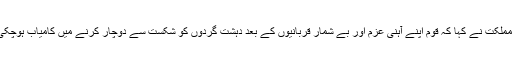
صدر مملکت نے کہا کہ قوم اپنے آہنی عزم اور بے شمار قربانیوں کے بعد دہشت گردوں کو شکست سے دوچار کرنے میں کامیاب ہوچکی ہے ۔